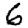
Digit: 6